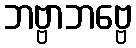
ဘဗ္ဗာဘဗ္ဗေ